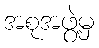
အစုအဖွဲ့မှ